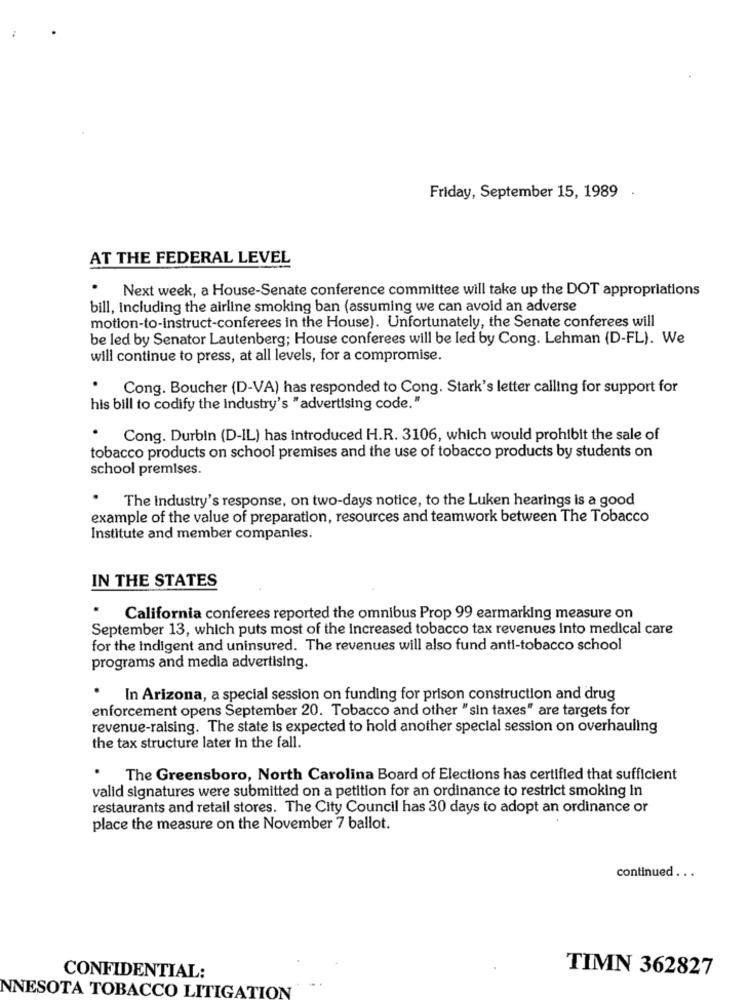
Friday, September 15, 1989
AT THE FEDERAL LEVEL
.
Next week, a House-Senate conference committee will take up the DOT appropriations
bill, including the airline smoking ban (assuming we can avoid an adverse
motion-to-instruct-conferees in the House). Unfortunately, the Senate conferees will
be led by Senator Lautenberg; House conferees will be led by Cong. Lehman (D-FL). We
will continue to press, at all levels, for a compromise.
. Cong. Boucher (D-VA) has responded to Cong. Stark's letter calling for support for
his bill to codify the industry's "advertising code."
. Cong. Durbin (D-IL) has introduced H.R. 3106, which would prohibit the sale of
tobacco products on school premises and the use of tobacco products by students on
school premises.
.
The Industry's response, on two-days notice, to the Luken hearings is a good
example of the value of preparation, resources and teamwork between The Tobacco
Institute and member companies.
IN THE STATES
California conferees reported the omnibus Prop 99 earmarking measure on
September 13, which puts most of the Increased tobacco tax revenues Into medical care
for the indigent and uninsured. The revenues will also fund anti-tobacco school
programs and media advertising.
In Arizona, a special session on funding for prison construction and drug
enforcement opens September 20. Tobacco and other "sin taxes" are targets for
revenue-raising. The state Is expected to hold another special session on overhauling
the tax structure later In the fall.
The Greensboro, North Carolina Board of Elections has certified that sufficient
valid signatures were submitted on a petition for an ordinance to restrict smoking in
restaurants and retail stores. The City Council has 30 days to adopt an ordinance or
place the measure on the November 7 ballot.
continued . ..
TIMN 362827
CONFIDENTIAL:
NNESOTA TOBACCO LITIGATION